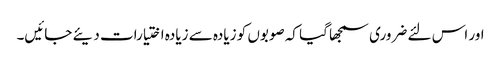
اور اس لئے ضروری سمجھا گیا کہ صوبوں کو زیادہ سے زیادہ اختیارات دیئے جائیں۔